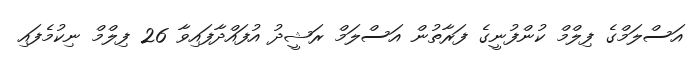
އަސްލަމްގެ ފިލްމް ކުންފުނީގެ ފަރާތުން އަސްލަމް ރަޝީދު އުފައްދާފައިވާ 26 ފިލްމް ނިކުމެފައި